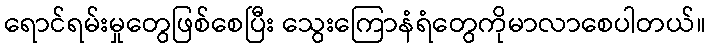
ရောင်ရမ်းမှုတွေဖြစ်စေပြီး သွေးကြောနံရံတွေကိုမာလာစေပါတယ်။